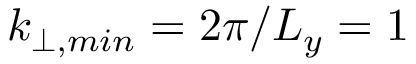
k _ { \perp , m i n } = 2 \pi / L _ { y } = 1